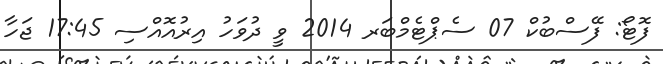
ފޮޓޯ: ފޭސްބުކް 07 ސެޕްޓެމްބަރ 2014 ވީ ދުވަހު އިރުއޮއްސި 17:45 ޖަހާ